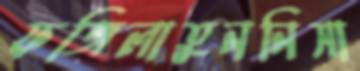
ফজিলাতুননিসা